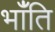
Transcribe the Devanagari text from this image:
भाँंति